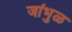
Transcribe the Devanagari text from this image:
जांभुळ